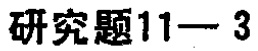
研究题11—3